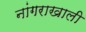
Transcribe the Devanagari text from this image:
नांगराखाली